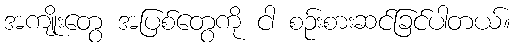
အကျိုးတွေ အပြစ်တွေကို ငါ စဉ်းစားဆင်ခြင်ပါတယ်။